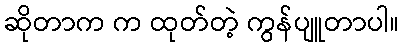
ဆိုတာက က ထုတ်တဲ့ ကွန်ပျူတာပါ။